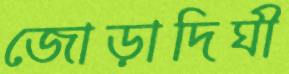
জোড়াদিঘী